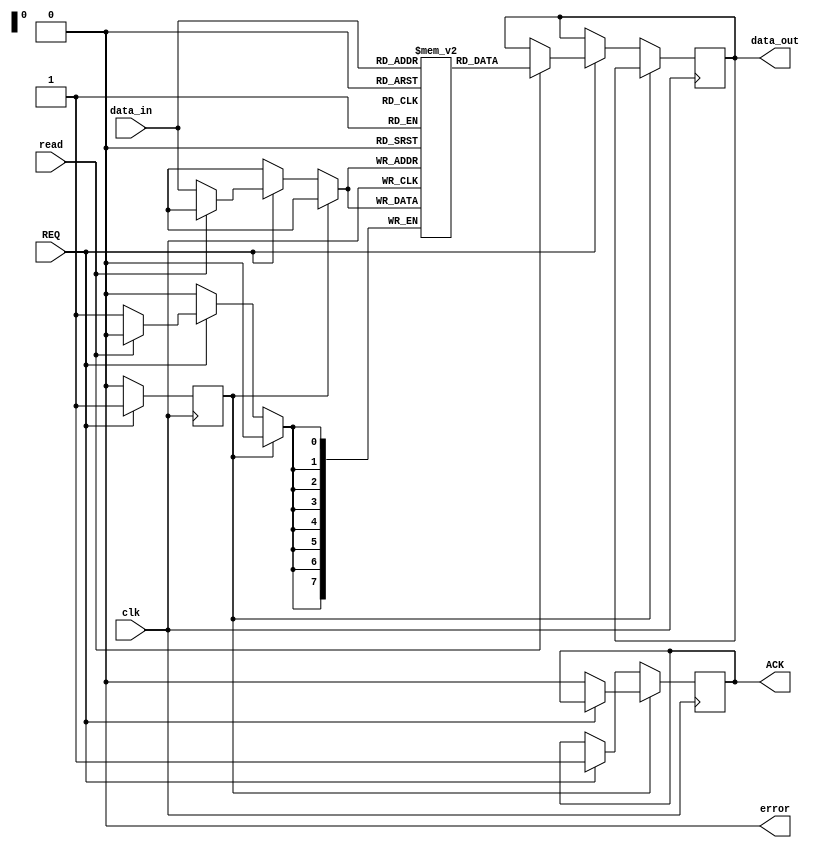
module async_handshake_memory_block (
    input wire        clk,       // System clock (for internal processes)
    input wire        REQ,       // Request signal from controller
    output reg       ACK,       // Acknowledge signal to controller
    input wire [7:0] data_in,   // Data input from controller
    output reg [7:0] data_out,   // Data output to controller
    input wire        read,      // Read indicator (1 for read, 0 for write)
    output reg       error       // Error signal for communication issues
);

    reg [7:0] memory [0:255]; // Simple memory block (256 x 8 bits)
    reg state;                // State variable to track memory operation
    
    localparam IDLE    = 1'b0;
    localparam ACTIVE  = 1'b1;
    
    initial begin
        ACK = 1'b0;
        error = 1'b0;
        state = IDLE;
    end
    
    always @(posedge clk) begin
        if (state == IDLE) begin
            if (REQ) begin
                // Acknowledge the request
                ACK <= 1'b1;
                if (read) begin
                    // Read operation
                    data_out <= memory[data_in];  // Assume data_in is the address
                    #1;                             // Delay to simulate memory access
                end else begin
                    // Write operation
                    memory[data_in] <= data_in;   // Assume data_in is the address
                    #1;                             // Delay to simulate memory access
                end
                // Go to active state
                state <= ACTIVE;
            end
        end else if (state == ACTIVE) begin
            // Wait for controller to acknowledge data transfer completion
            if (!REQ) begin
                // Deassert ACK once the controller has deasserted REQ
                ACK <= 1'b0;
                state <= IDLE; // Go back to the idle state
            end
        end
    end
endmodule